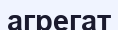
агрегат